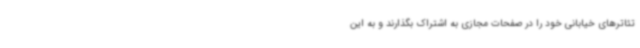
تئاترهای خیابانی خود را در صفحات مجازی به اشتراک بگذارند و به این